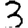
Digit: 3